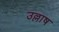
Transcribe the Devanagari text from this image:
उल्लाष